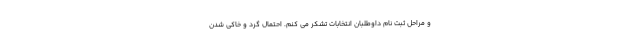
و مراحل ثبت نام داوطلبان انتخابات تشکر می کنم. احتمال گرد و خاکی شدن